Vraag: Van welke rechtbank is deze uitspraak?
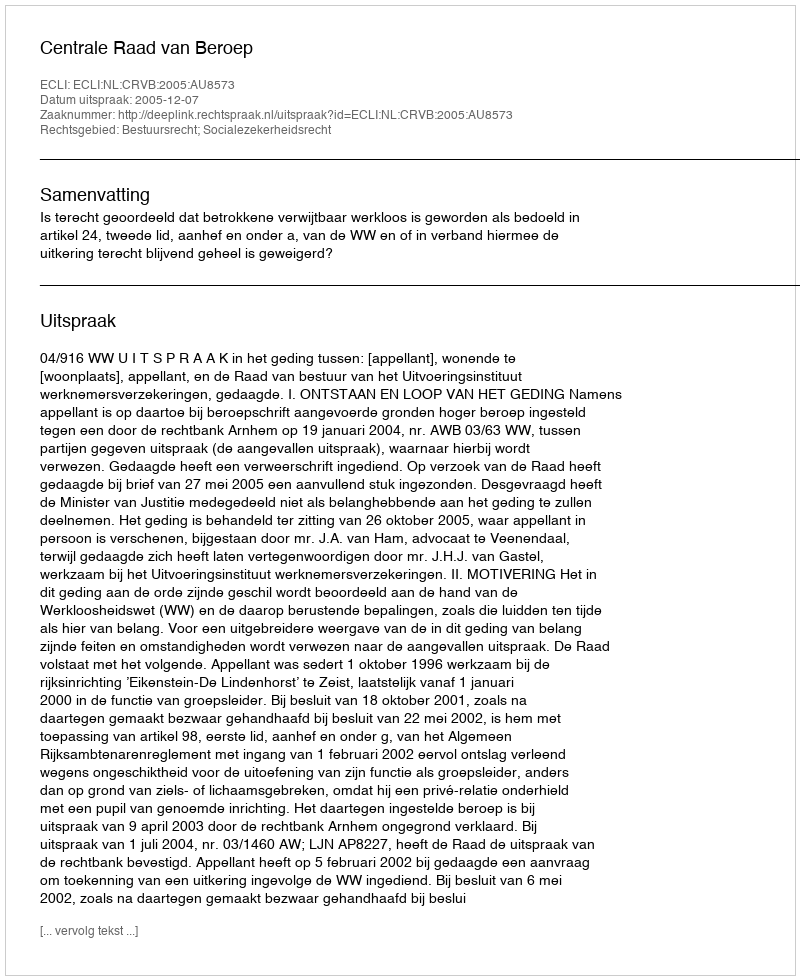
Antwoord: Centrale Raad van Beroep